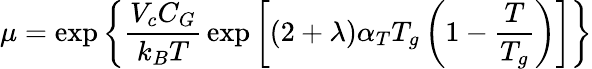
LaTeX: \mu=\exp{\left\{ {\frac{V_{c}C_{G}}{k_{B}T}}\exp{\left[(2+\lambda)\alpha_{T}T_{g}\left(1-{\frac{T}{T_{g}}}\right)\right]}\right\} }